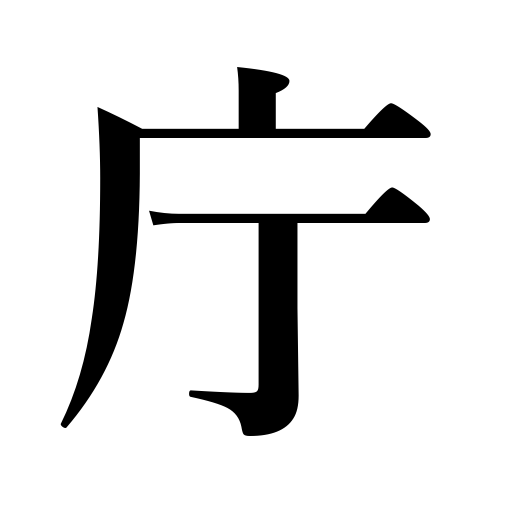
Meanings: government office